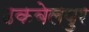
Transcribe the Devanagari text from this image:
उकबेलपुर